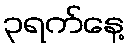
၃ရက်နေ့